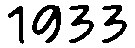
1933